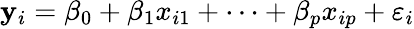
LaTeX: \mathbf{y}_{i}=\beta_{0}+\beta_{1}x_{i1}+\cdots+\beta_{p}x_{ip}+\varepsilon_{i}